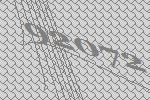
92072